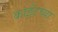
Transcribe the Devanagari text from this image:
काईटच्या